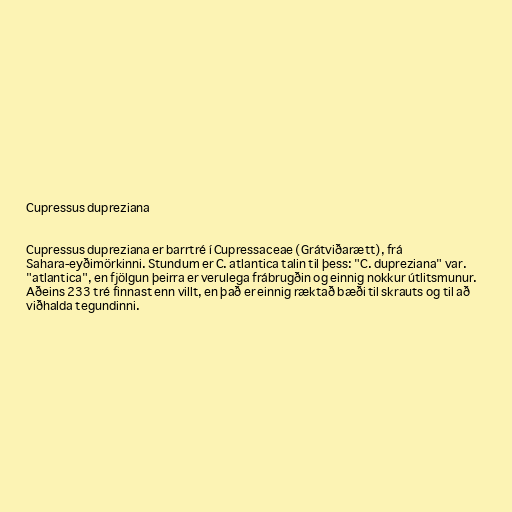
Cupressus dupreziana

Cupressus dupreziana er barrtré í Cupressaceae (Grátviðarætt), frá
Sahara-eyðimörkinni. Stundum er C. atlantica talin til þess: "C. dupreziana" var.
"atlantica", en fjölgun þeirra er verulega frábrugðin og einnig nokkur útlitsmunur.
Aðeins 233 tré finnast enn villt, en það er einnig ræktað bæði til skrauts og til að
viðhalda tegundinni.